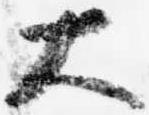
大